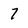
Character: 7